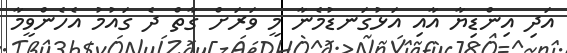
އަދި އިންޑިޔާ އާއި އަޅުގަނޑުމެނާ މީ ވަރަށް ގާތް ދެ ގައުމު އެހެންވީމާ